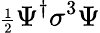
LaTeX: {\scriptstyle\frac{1}{2}}\Psi^{\dagger}\sigma^{3}\Psi